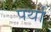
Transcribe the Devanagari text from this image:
पर्था